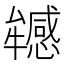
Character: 𤜁